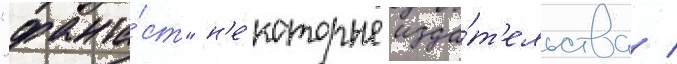
"фанта́ст" н'е́которые изда́т'ельства /